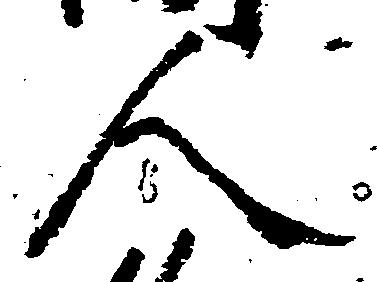
入